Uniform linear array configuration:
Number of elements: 48
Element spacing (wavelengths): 0.5
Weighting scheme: cosine
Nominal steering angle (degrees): -30
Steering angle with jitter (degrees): -30.367
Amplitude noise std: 0.05
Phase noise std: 0.05

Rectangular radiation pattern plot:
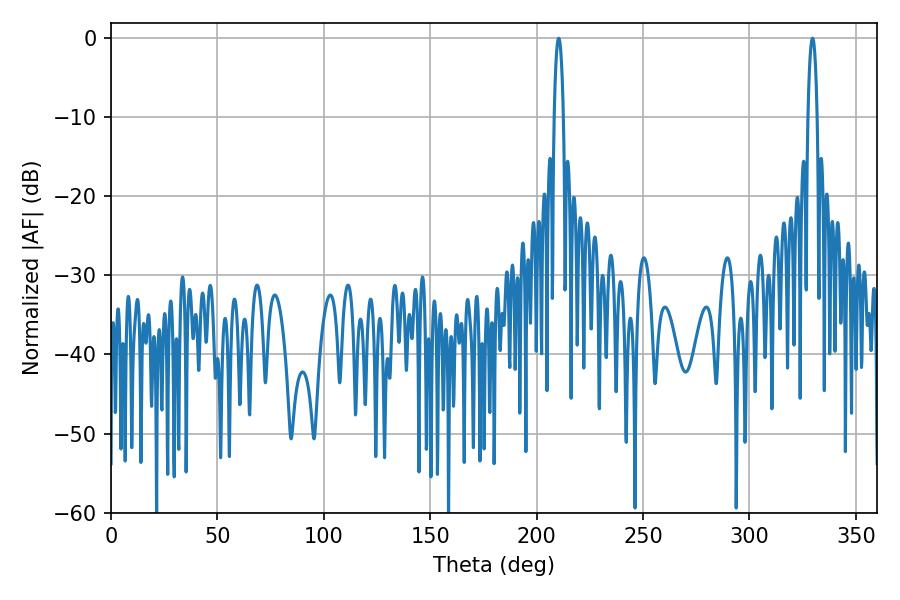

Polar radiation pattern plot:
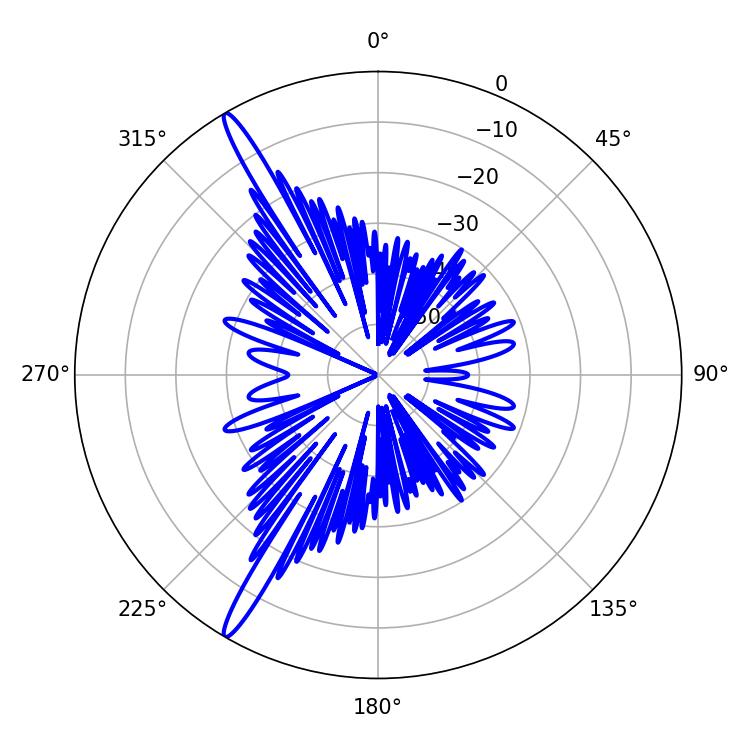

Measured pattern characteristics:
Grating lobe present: FALSE
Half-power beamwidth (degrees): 2.34
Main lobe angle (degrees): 210.42